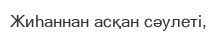
Жиһаннан асқан сәулеті,